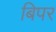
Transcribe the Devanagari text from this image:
बिपर